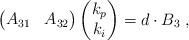
LaTeX: \begin{align*} \begin{pmatrix} A_{31} & A_{32} \end{pmatrix} \begin{pmatrix} k_p \\ k_i \end{pmatrix} = d \cdot B_3 \;, \end{align*}